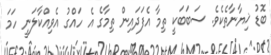
ބޮޑު ޚިޔާނާތެކެވެ. ސަބަބަކީ ތިމާ އެފަދައިން ތިމާގެ އެ ހައްގު އެވިއްކާލަނީ ހަމަ